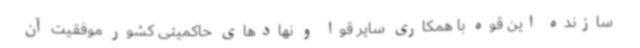
سازنده این قوه با همکاری سایر قوا و نهادهای حاکمیتی کشور موفقیت آن